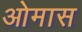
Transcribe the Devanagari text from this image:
ओमास